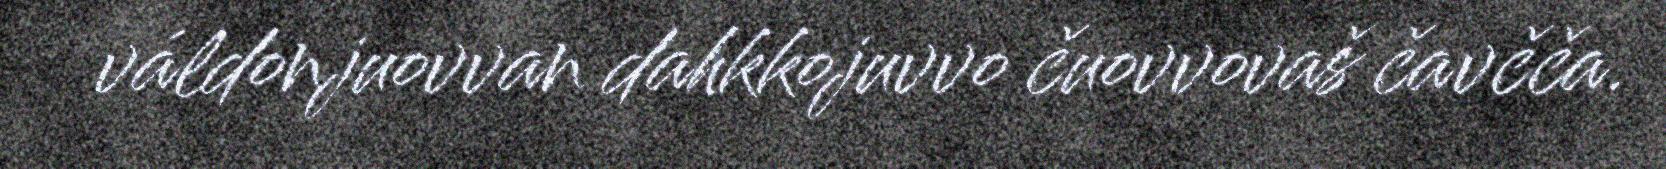
váldonjuovvan dahkkojuvvo čuovvovaš čavčča.